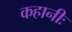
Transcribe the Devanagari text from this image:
कहानीः